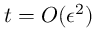
t = O ( \epsilon ^ { 2 } )